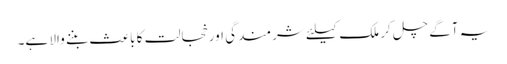
یہ آگے چل کر ملک کیلئے شرمندگی اور خجالت کا باعث بننے والا ہے۔